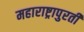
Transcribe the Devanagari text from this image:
महाराष्ट्रापुरती